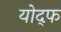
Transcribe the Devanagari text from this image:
योद्फ